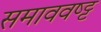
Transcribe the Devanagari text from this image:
समाववष्ट्ट